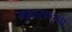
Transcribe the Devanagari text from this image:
महाराष्ट्रया